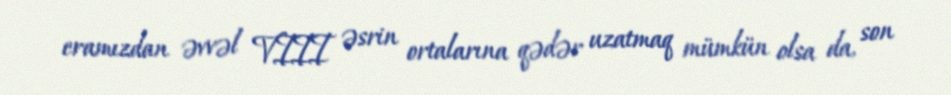
eramızdan əvvəl VIII əsrin ortalarına qədər uzatmaq mümkün olsa da, son